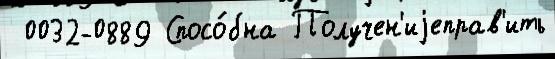
 0032-0889 Спосо́бна Получен'иjеправ'ить